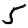
Digit: 5